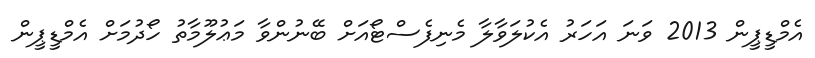
އެމްޑީޕީން 2013 ވަނަ އަހަރު އެކުލަވާލާ މެނިފެސްޓޯއަށް ބޭނުންވާ މަޢުލޫމާތު ހޯދުމަށް އެމްޑީޕީން